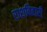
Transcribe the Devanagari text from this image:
राशबिहारी